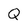
Character: Q